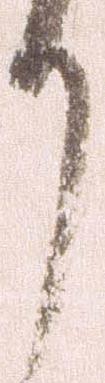
り